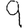
Digit: 9